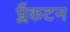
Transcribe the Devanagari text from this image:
प्लैंकटन